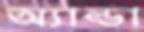
অ্যাল্ডা